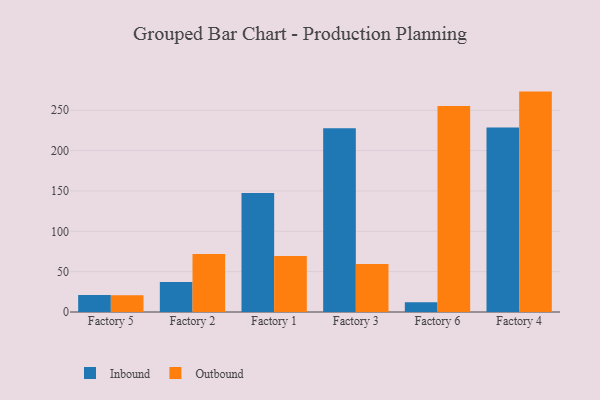
{"axis": {"x": "Factory", "y": "Backlog"}, "legend": ["Inbound", "Outbound"], "data": [{"x": "Factory 5", "y": 21.1, "type": "Inbound"}, {"x": "Factory 5", "y": 20.7, "type": "Outbound"}, {"x": "Factory 2", "y": 37.1, "type": "Inbound"}, {"x": "Factory 2", "y": 71.9, "type": "Outbound"}, {"x": "Factory 1", "y": 147.5, "type": "Inbound"}, {"x": "Factory 1", "y": 69.5, "type": "Outbound"}, {"x": "Factory 3", "y": 227.8, "type": "Inbound"}, {"x": "Factory 3", "y": 59.5, "type": "Outbound"}, {"x": "Factory 6", "y": 12.2, "type": "Inbound"}, {"x": "Factory 6", "y": 255.4, "type": "Outbound"}, {"x": "Factory 4", "y": 228.7, "type": "Inbound"}, {"x": "Factory 4", "y": 273.1, "type": "Outbound"}]}